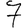
Digit: 7